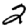
Digit: 2